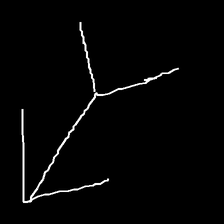
Glyph: gather